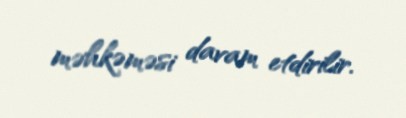
məhkəməsi davam etdirilir.